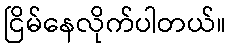
ငြိမ်နေလိုက်ပါတယ်။